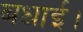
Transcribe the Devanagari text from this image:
बधाई।